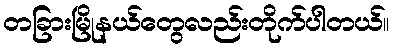
တခြားမြိုနယ်တွေလည်းတိုက်ပါတယ်။